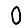
Digit: 0